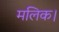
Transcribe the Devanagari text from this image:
मलिक।